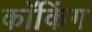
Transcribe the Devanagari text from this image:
कॉकिंग